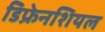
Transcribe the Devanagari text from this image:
डिफ्रेनशियल